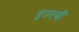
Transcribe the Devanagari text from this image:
इज्स्बीं